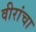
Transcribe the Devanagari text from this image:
वीरांचा